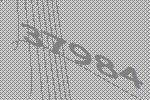
37984